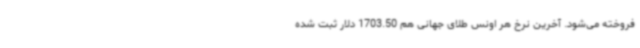
فروخته می‌شود. آخرین نرخ هر اونس طلای جهانی هم 1703.50 دلار ثبت شده